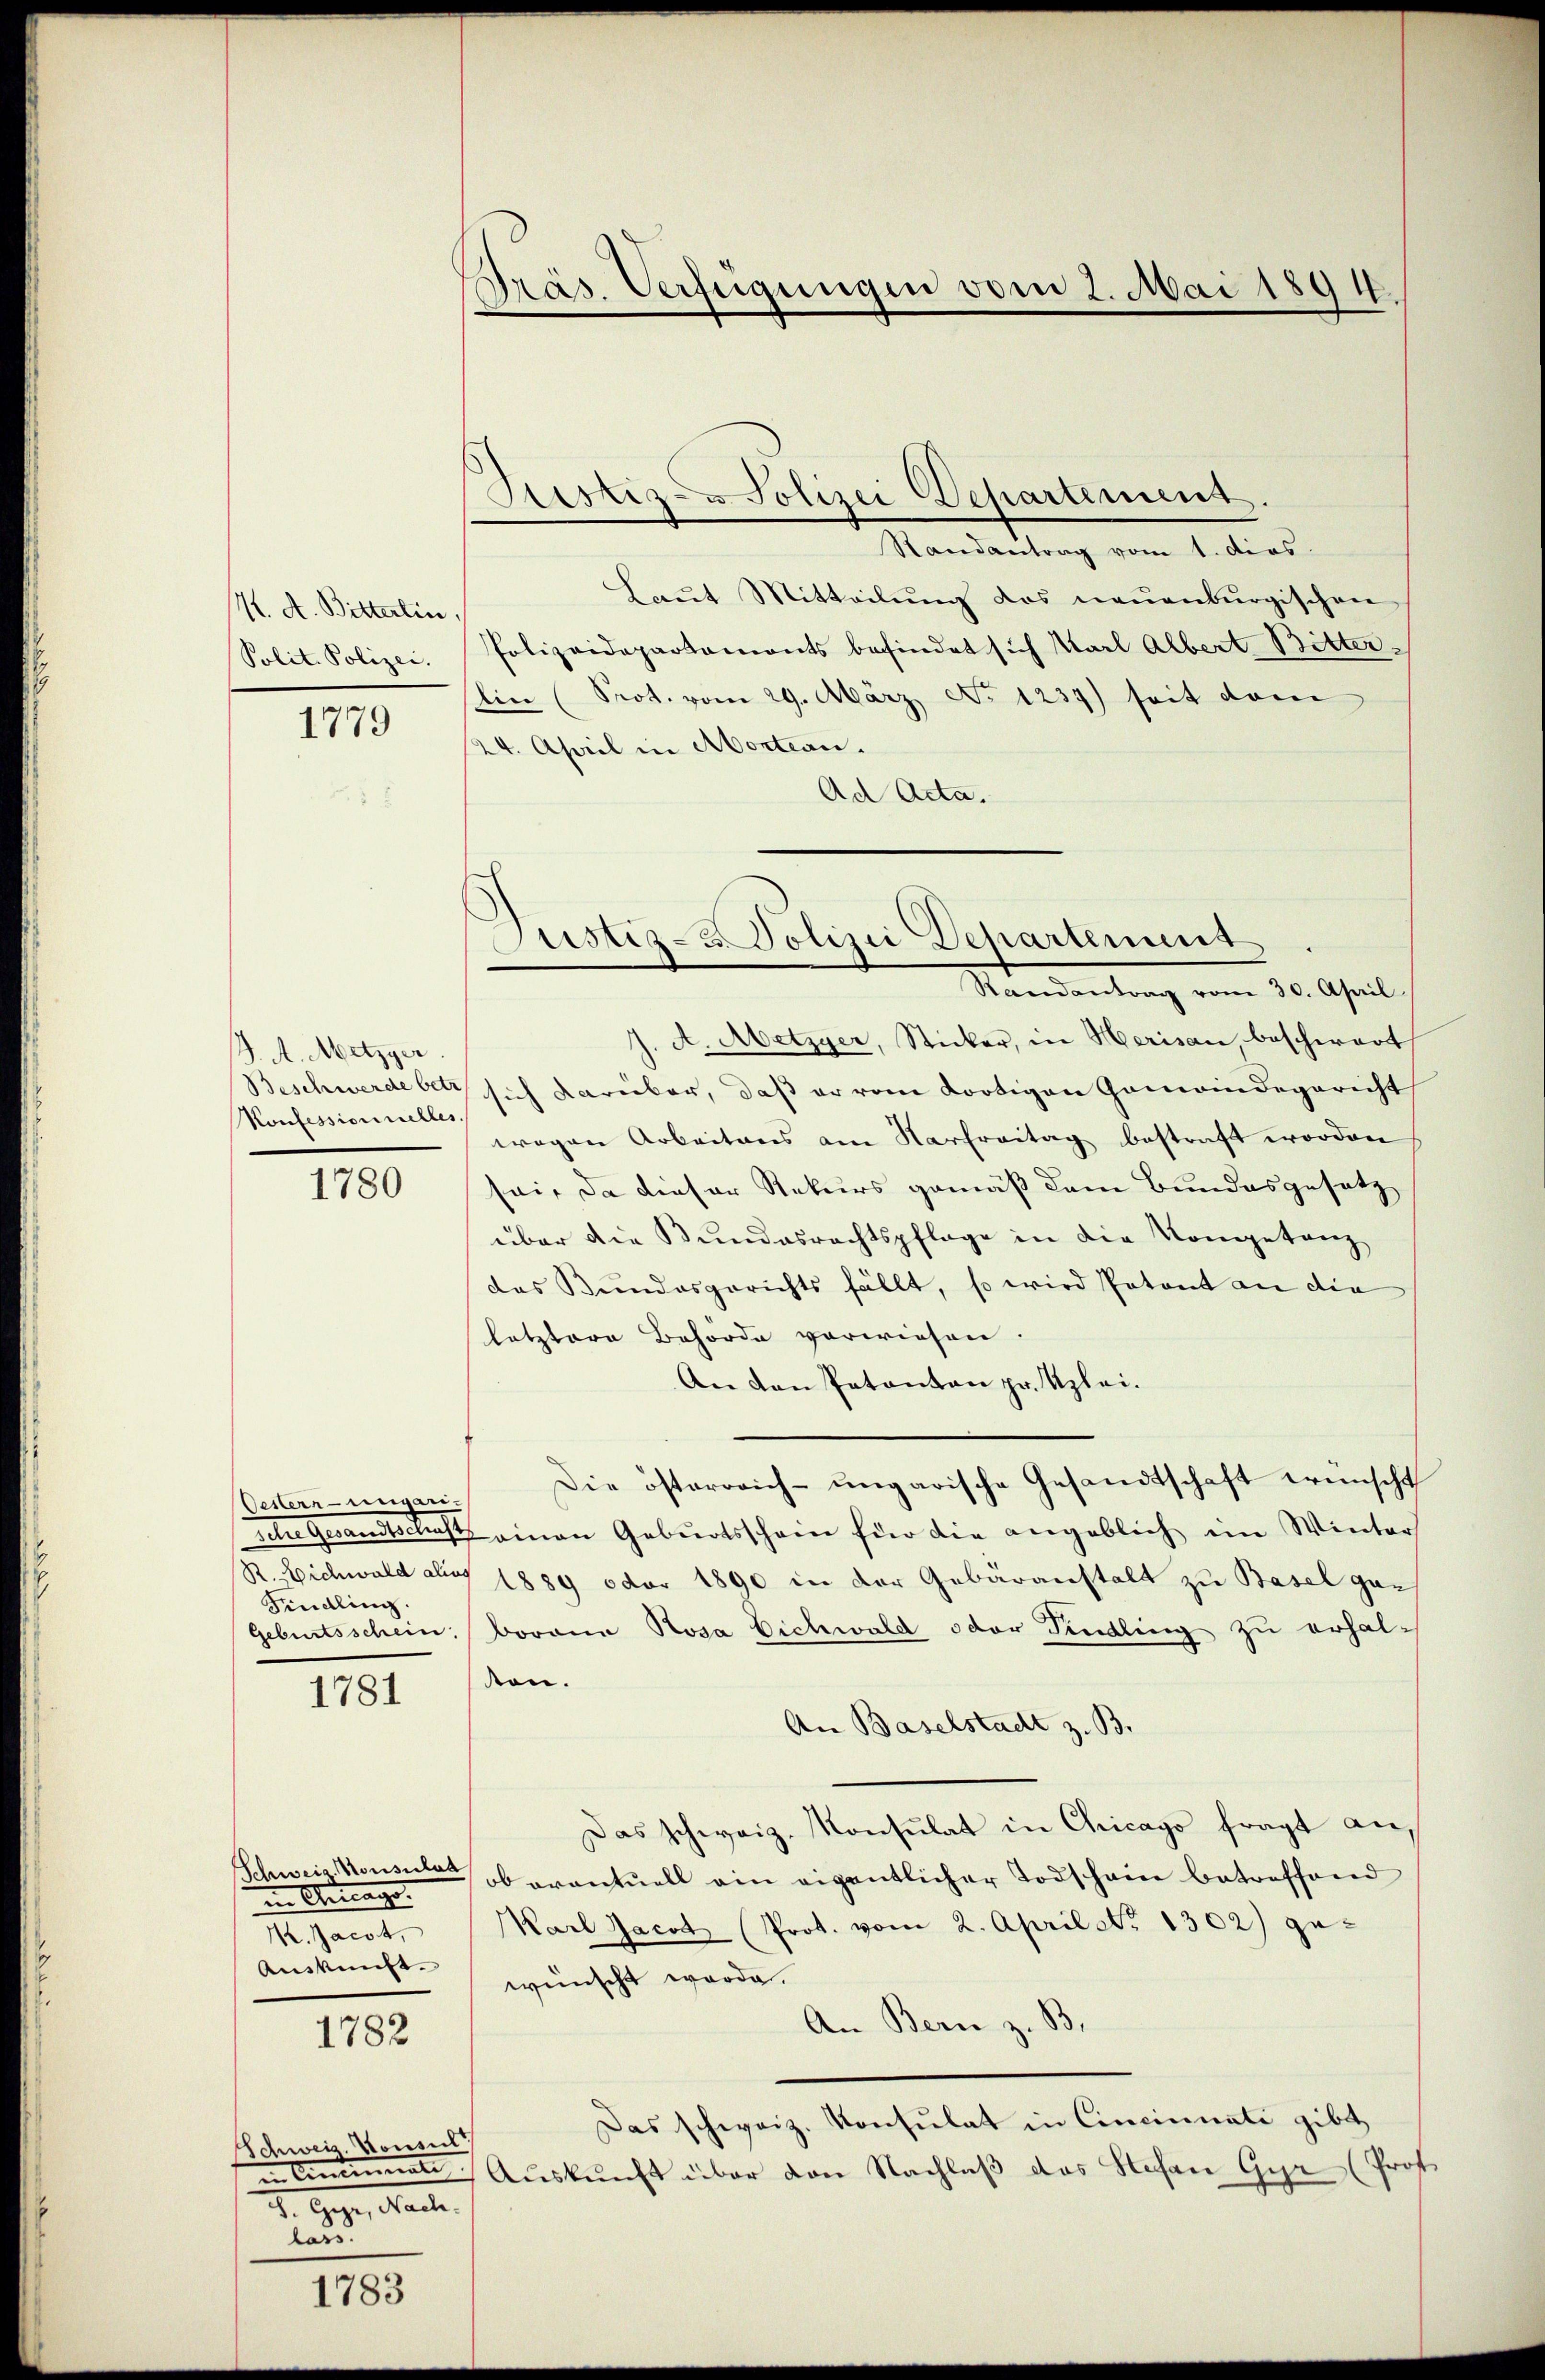
/K. A. Bitterlin
Polit. Polizei.

1779

J. A. Metzger
Beschwerde betr.
Konfessionnelles

1780

Oestern-ungari¬
Kindling.

1781

Schweiz. Konsulat
in Antrage
Marti
Auskunft.

1782

Schweiz. Konsult
in Cincinati
ih. Heger, Marten
lass.

1783

Präs. Verfügungen vom 2. Mai 1894.

Justiz- u Polizei Departement

Randantrag vom 1. dies
Laut Mitteilung des neuenburgischen
Polizeidepartamonts befindet sich Karl Albert Bitter-
lin (Prot. vom 29. März No. 1237) seit dem
24. April in Montan.
Ad Acta.
A. Metzger, Sticker, in Herisau, beschwart
sich darüber, daß er vom dortigen Gemeindegericht
wegen Arbeitens am Narfreitag bestraft worden
sei, da dieser Rekurs gemäß dem Bundesgesetz
über die Bundesrechtspflage in die Kongetanz
das Bundesgerichts fällt, so wird Patent an die
letztere Behörde vorwiesen.
An den Patanton pr. Klei¬
Die österrich-ungarische Gesandtschaft wünscht
sche Gesandtschaft einen Geburtsschein für die angeblich im Winter
R. Richwald aber 1889 oder 1890 in der Gebäranstalt zu Basel gan
Geburtsschein. Borona Rosa Eichwald oder Findling zu erhalten.
An Baselstadt z. B.
Das schweiz. Konsulat in Chicago fragt an,
ob eventuell ein eigentlicher Todschein betreffend
Karl Jacot (Prot. vom 2. April No 1302) ge-
wünscht werde.
An Bern z. B.
Das schweiz. Konsulat in Cincinati gibt
Aŭskŭnft über von Nachlaβ das Stefan Gyr (Prof.

Justiz- & Polizei Dehartement
Mandantung vom 20. April.